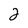
Character: 2